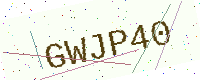
Text: GWJP40